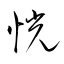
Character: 恍